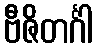
ဗီဇိတင်္ဂါ